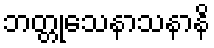
ဘတ္တုသေနာသနာနိ